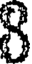
8